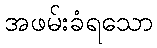
အဖမ်းခံရသော